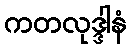
ကတလုဒ္ဒါနံ